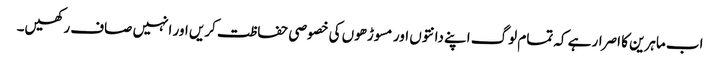
اب ماہرین کا اصرار ہے کہ تمام لوگ اپنے دانتوں اور مسوڑھوں کی خصوصی حفاظت کریں اور انہیں صاف رکھیں۔